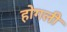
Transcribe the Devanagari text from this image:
होगली